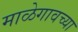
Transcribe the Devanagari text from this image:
माळेगावच्या